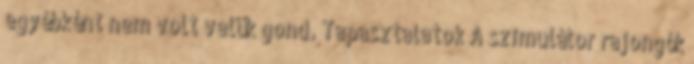
egyébként nem volt velük gond. Tapasztalatok A szimulátor rajongók